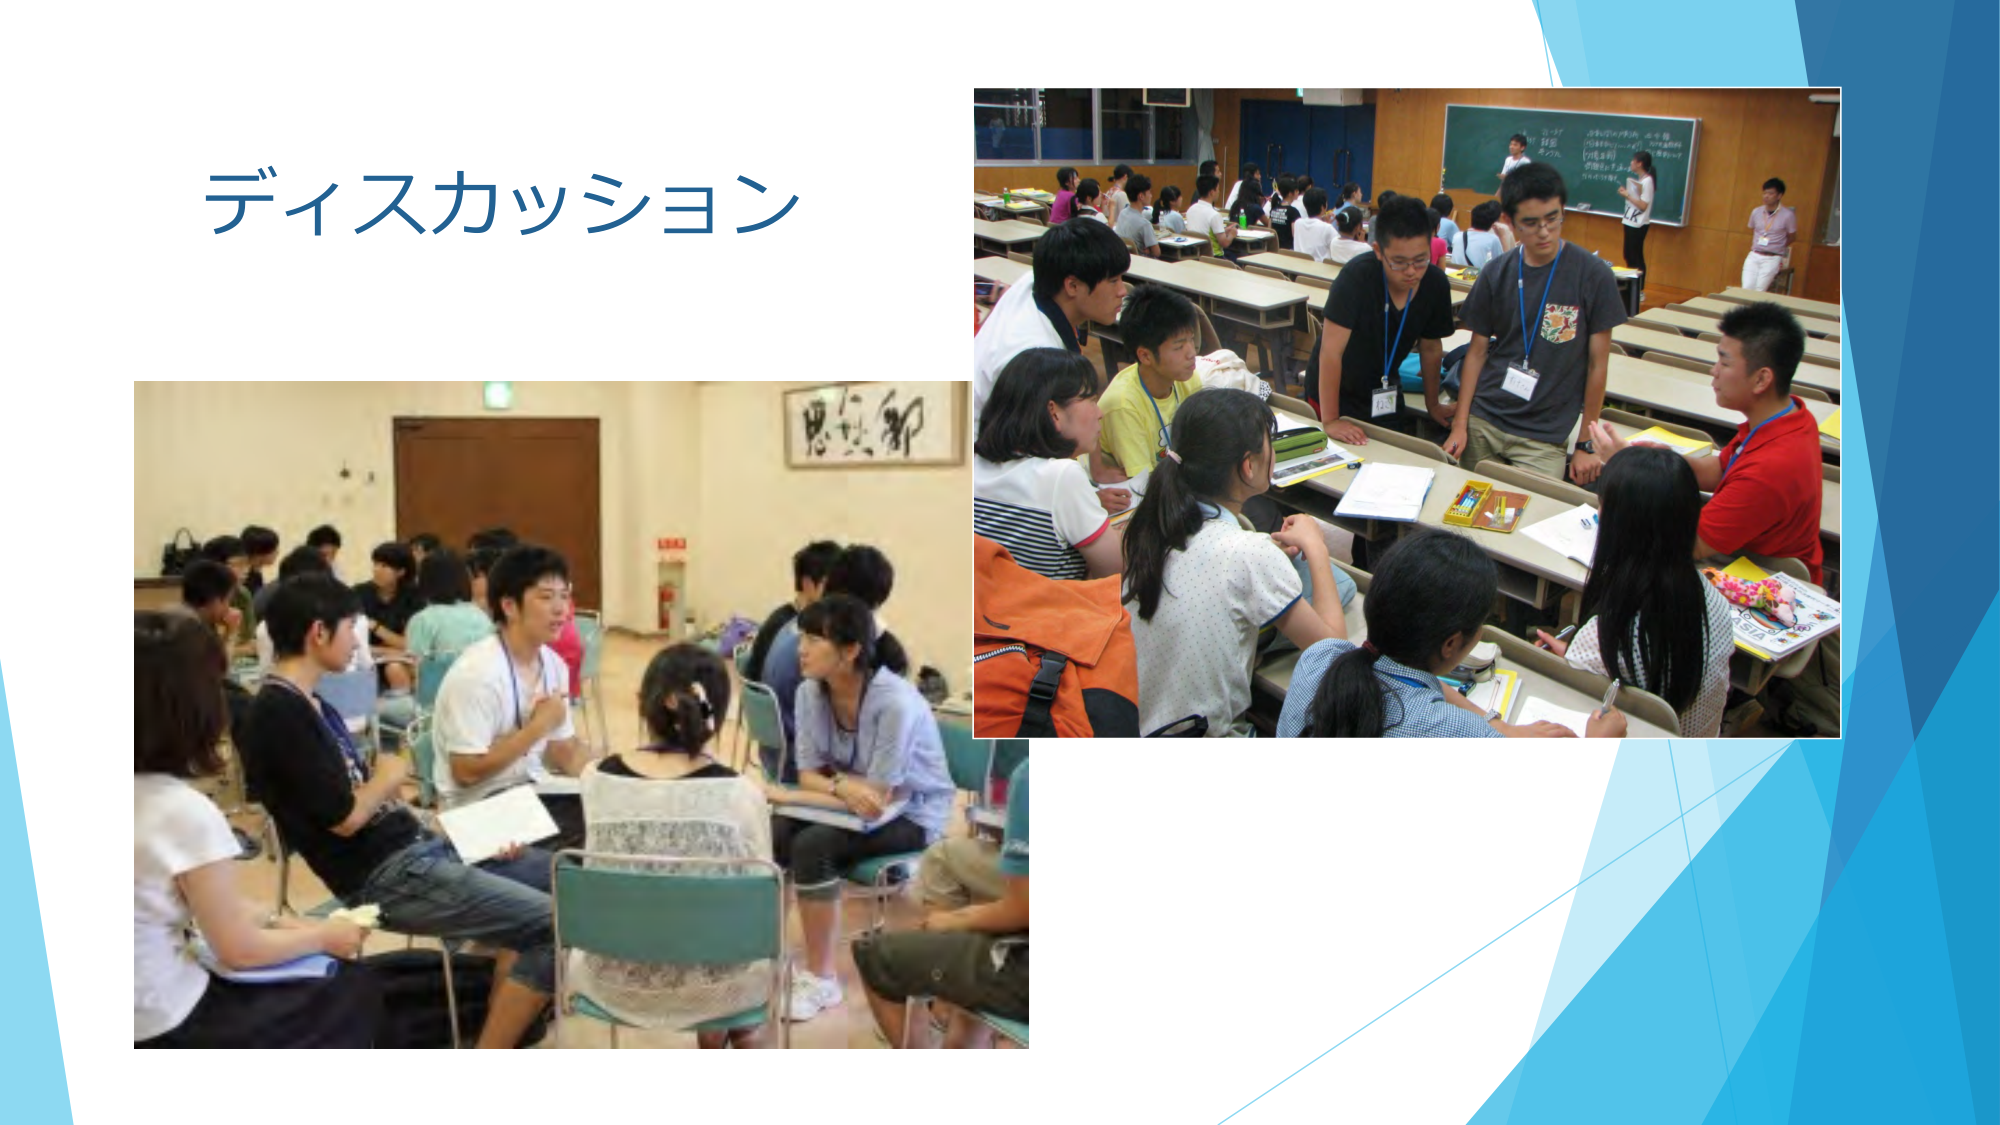
ディスカッション